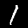
Digit: 1